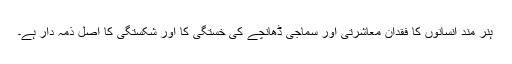
ہنر مند انسانوں کا فقدان معاشرتی اور سماجی ڈھانچے کی خستگی کا اور شکستگی کا اصل ذمہ دار ہے۔